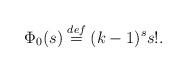
LaTeX: \begin{align*}\Phi_0 (s) \stackrel{def}{=} (k-1)^s s!.\end{align*}